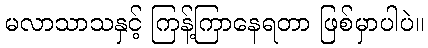
မလာသာသနှင့် ကြန့်ကြာနေရတာ ဖြစ်မှာပါပဲ။